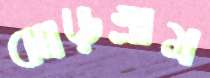
ঝাড়গ্রাম